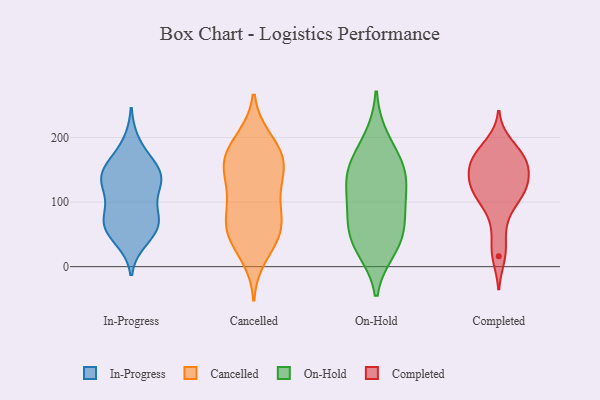
{"axis": {"x": "Shipments", "y": "Value"}, "legend": ["Cancelled", "Completed", "In-Progress", "On-Hold"], "data": [{"x": "", "y": 160, "type": "In-Progress"}, {"x": "", "y": 135, "type": "In-Progress"}, {"x": "", "y": 139, "type": "In-Progress"}, {"x": "", "y": 69, "type": "In-Progress"}, {"x": "", "y": 82, "type": "In-Progress"}, {"x": "", "y": 55, "type": "In-Progress"}, {"x": "", "y": 62, "type": "In-Progress"}, {"x": "", "y": 111, "type": "In-Progress"}, {"x": "", "y": 191, "type": "In-Progress"}, {"x": "", "y": 130, "type": "In-Progress"}, {"x": "", "y": 42, "type": "In-Progress"}, {"x": "", "y": 153, "type": "In-Progress"}, {"x": "", "y": 78, "type": "In-Progress"}, {"x": "", "y": 128, "type": "In-Progress"}, {"x": "", "y": 148, "type": "In-Progress"}, {"x": "", "y": 61, "type": "In-Progress"}, {"x": "", "y": 160, "type": "Cancelled"}, {"x": "", "y": 35, "type": "Cancelled"}, {"x": "", "y": 56, "type": "Cancelled"}, {"x": "", "y": 156, "type": "Cancelled"}, {"x": "", "y": 15, "type": "Cancelled"}, {"x": "", "y": 126, "type": "Cancelled"}, {"x": "", "y": 62, "type": "Cancelled"}, {"x": "", "y": 161, "type": "Cancelled"}, {"x": "", "y": 199, "type": "Cancelled"}, {"x": "", "y": 158, "type": "Cancelled"}, {"x": "", "y": 123, "type": "Cancelled"}, {"x": "", "y": 178, "type": "Cancelled"}, {"x": "", "y": 79, "type": "Cancelled"}, {"x": "", "y": 121, "type": "Cancelled"}, {"x": "", "y": 50, "type": "Cancelled"}, {"x": "", "y": 198, "type": "Cancelled"}, {"x": "", "y": 87, "type": "Cancelled"}, {"x": "", "y": 83, "type": "Cancelled"}, {"x": "", "y": 172, "type": "Cancelled"}, {"x": "", "y": 48, "type": "Cancelled"}, {"x": "", "y": 44, "type": "On-Hold"}, {"x": "", "y": 199, "type": "On-Hold"}, {"x": "", "y": 82, "type": "On-Hold"}, {"x": "", "y": 113, "type": "On-Hold"}, {"x": "", "y": 27, "type": "On-Hold"}, {"x": "", "y": 63, "type": "On-Hold"}, {"x": "", "y": 141, "type": "On-Hold"}, {"x": "", "y": 95, "type": "On-Hold"}, {"x": "", "y": 140, "type": "On-Hold"}, {"x": "", "y": 34, "type": "On-Hold"}, {"x": "", "y": 163, "type": "On-Hold"}, {"x": "", "y": 154, "type": "On-Hold"}, {"x": "", "y": 67, "type": "Completed"}, {"x": "", "y": 111, "type": "Completed"}, {"x": "", "y": 97, "type": "Completed"}, {"x": "", "y": 127, "type": "Completed"}, {"x": "", "y": 141, "type": "Completed"}, {"x": "", "y": 28, "type": "Completed"}, {"x": "", "y": 164, "type": "Completed"}, {"x": "", "y": 160, "type": "Completed"}, {"x": "", "y": 16, "type": "Completed"}, {"x": "", "y": 171, "type": "Completed"}, {"x": "", "y": 165, "type": "Completed"}, {"x": "", "y": 190, "type": "Completed"}, {"x": "", "y": 106, "type": "Completed"}, {"x": "", "y": 157, "type": "Completed"}, {"x": "", "y": 177, "type": "Completed"}, {"x": "", "y": 126, "type": "Completed"}, {"x": "", "y": 127, "type": "Completed"}, {"x": "", "y": 125, "type": "Completed"}]}